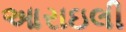
આરાઇલી